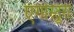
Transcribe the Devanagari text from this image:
एंगोस्टुरा